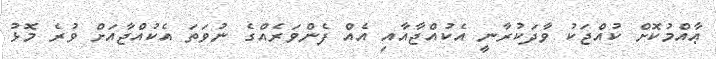
ޢާއްމުކޮށް ކުއްޖަކު ވާދަކުރާނީ އެކުއްޖާއާއި އެއް ފެންވަރެއްގެ ނުވަތަ އެކުއްޖާއަށް ވުރެ މޮޅު